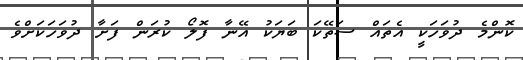
ކޮންމެ ދުވަހަކީ އެތައް ސަތޭކަ ބަޔަކު އޭނާ ފޮލޯ ކުރަން ފަށާ ދުވަހަކަށްވެ